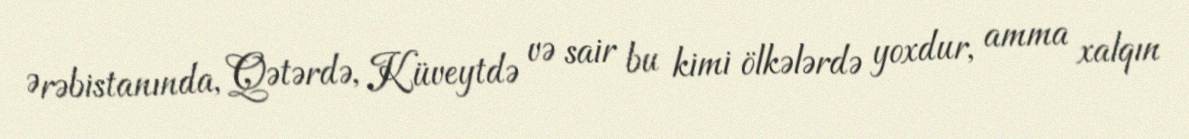
Ərəbistanında, Qətərdə, Küveytdə və sair bu kimi ölkələrdə yoxdur, amma xalqın